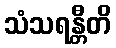
သံသရန္တီတိ